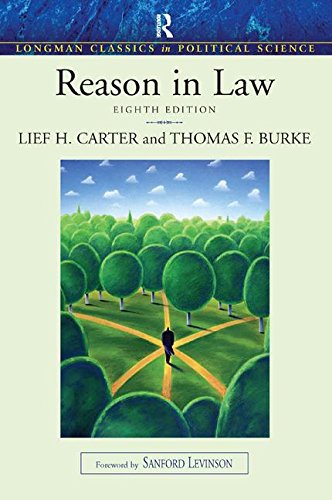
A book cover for Reason in Law; Lief Carter; Law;